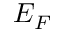
E _ { F }